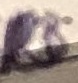
Text: R3